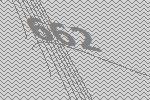
662